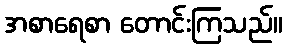
အစာရေစာ တောင်းကြသည်။